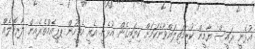
އުޅެނީ ރައީސް ޔާމީން ކުރިމަތިލައްވާނެކަމަށް ކިޔައިގެން އުޅެނީ. އެއީ އެމީހުން ޕޕީއެމްތެރެއިން ލާރިކޮލެއް